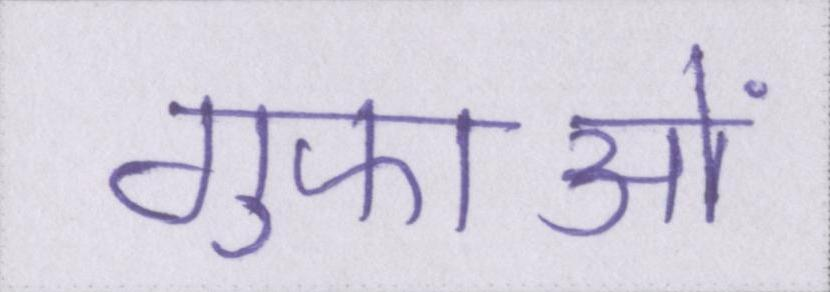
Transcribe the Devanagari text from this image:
गुफाओं